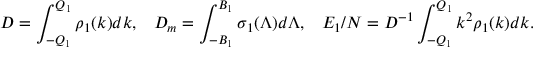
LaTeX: D = \int _ { - Q _ { 1 } } ^ { Q _ { 1 } } { \rho _ { 1 } ( k ) d k } , \; \; \; D _ { m } = \int _ { - B _ { 1 } } ^ { B _ { 1 } } { \sigma _ { 1 } ( \Lambda ) d \Lambda } , \; \; \; E _ { 1 } / N = D ^ { - 1 } \int _ { - Q _ { 1 } } ^ { Q _ { 1 } } { k ^ { 2 } \rho _ { 1 } ( k ) d k } .